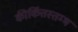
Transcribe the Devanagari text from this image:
कीर्कित्तस्तम्भ